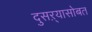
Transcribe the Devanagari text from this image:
दुसऱ्यासोबत